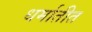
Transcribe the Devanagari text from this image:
धर्मातीत